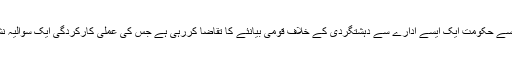
بدقسمتی سے حکومت ایک ایسے ادارے سے دہشتگردی کے خلاف قومی بیانئے کا تقاضا کررہی ہے جس کی عملی کارکردگی ایک سوالیہ نشان ہے ۔